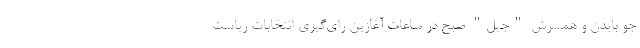
جو بایدن و همسرش "جیل" صبح در ساعات آغازین رای‌گیری انتخابات ریاست